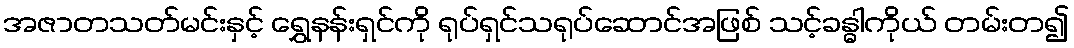
အဇာတသတ်မင်းနှင့် ရွှေနန်းရှင်ကို ရုပ်ရှင်သရုပ်ဆောင်အဖြစ် သင့်ခန္ဓါကိုယ် တမ်းတ၍